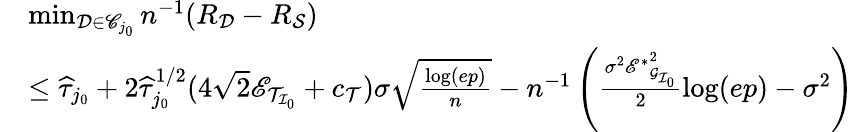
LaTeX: \begin{array}{rl}&{\operatorname*{min}_{\mathcal{D}\in\mathscr{C}_{j_{0}}}n^{-1}(R_{\mathcal{D}}-R_{\mathcal{S}})}\\ &{\leq\widehat{\tau}_{j_{0}}+2\widehat{\tau}_{j_{0}}^{1/2}(4\sqrt{2}\mathscr{E}_{\mathcal{T}_{\mathcal{I}_{0}}}+c_{\mathcal{T}})\sigma\sqrt{\frac{\log(ep)}{n}}-n^{-1}\left(\frac{\sigma^{2}{\mathscr{E}^{*}}_{\mathcal{G}_{\mathcal{I}_{0}}}^{2}}{2}\log(ep)-\sigma^{2}\right)}\end{array}